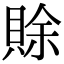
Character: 賖